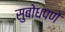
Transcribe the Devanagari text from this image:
सुबोधपणे